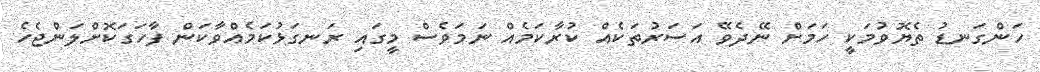
ހަންގަނޑު ތެޔޮވުމަކީ ހަމަށް ނޭދެވޭ އަސަރުތަކެއް ކުރާކަމެއް ނަމަވެސް މީގައި ރަނގަޅުކަމެއްވާކަން ފާހަގަކޮށްލަންޖެހެ